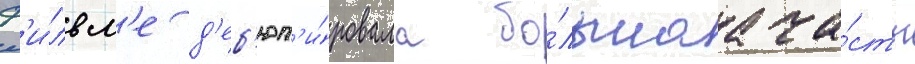
ф'и́льм'е д'еб'ют'и́ровала бо́льшаа ча́сть